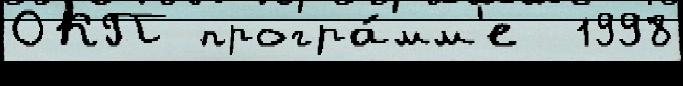
ОКП програ́мм'е  1998